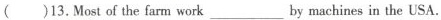
( ) 13. Most of the farm work ___ by machines in the USA.